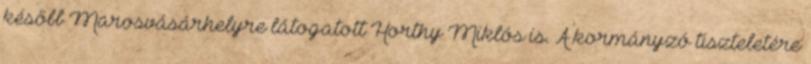
később Marosvásárhelyre látogatott Horthy Miklós is. A kormányzó tiszteletére